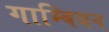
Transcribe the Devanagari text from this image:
गाम्बियन